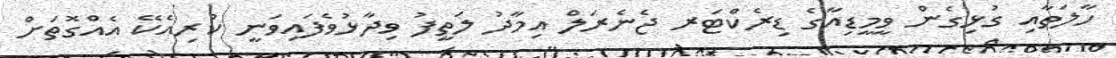
ހާލަތާއި ގުޅިގެން ވީމީޑިއާގެ ޑިރެކްޓަރ ޖެނެރަލް އިމާދު ލަތީފު ވިދާޅުވެފައިވަނީ ކުރިއެކޭ އެއްގޮތަށް